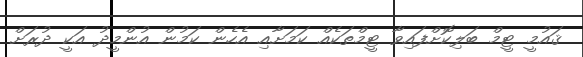
ޤައުމީ ޓީމް ބަލިކޮށްފައިވާ ޓީމްތަކެއް ކަމަށާއި އެހެން ކަމުން އުންމީދު އަކީ ދުރަށް